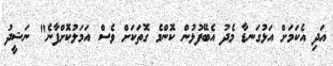
އަދި އެކަމަށް އަޅުގަނޑާ މެދު އެބޭފުޅުން ކޮންމެ ގޮތަކަށް ވެސް އަމަލުކޮށްފާނެ" ނަޝީދު